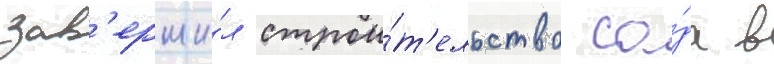
зав'ерши́л строи́т'ельство са́да в